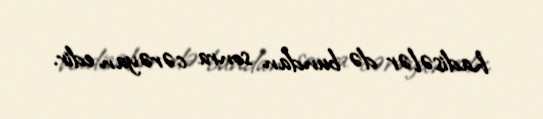
hadisələr də bundan sonra cərəyan edir.